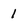
Character: 1